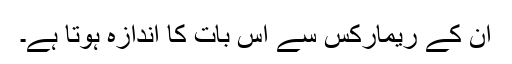
ان کے ریمارکس سے اس بات کا اندازہ ہوتا ہے۔